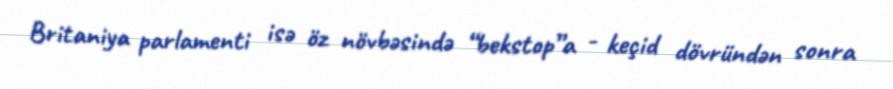
Britaniya parlamenti isə öz növbəsində “bekstop”a - keçid dövründən sonra